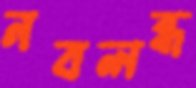
নবলব্ধ